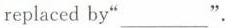
replaced by"___".